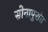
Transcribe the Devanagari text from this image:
सोनापुरांत